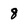
Character: 8